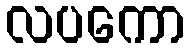
လပကော